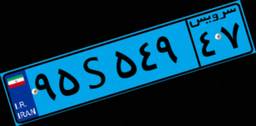
۹۵S۵۴۹۴۷